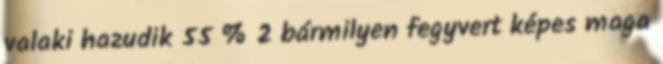
valaki hazudik 55 % 2 bármilyen fegyvert képes maga